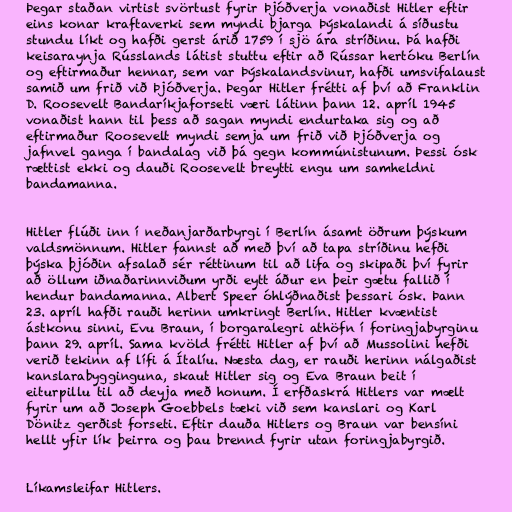
Þegar staðan virtist svörtust fyrir Þjóðverja vonaðist Hitler eftir
eins konar kraftaverki sem myndi bjarga Þýskalandi á síðustu
stundu líkt og hafði gerst árið 1759 í sjö ára stríðinu. Þá hafði
keisaraynja Rússlands látist stuttu eftir að Rússar hertóku Berlín
og eftirmaður hennar, sem var Þýskalandsvinur, hafði umsvifalaust
samið um frið við Þjóðverja. Þegar Hitler frétti af því að Franklin
D. Roosevelt Bandaríkjaforseti væri látinn þann 12. apríl 1945
vonaðist hann til þess að sagan myndi endurtaka sig og að
eftirmaður Roosevelt myndi semja um frið við Þjóðverja og
jafnvel ganga í bandalag við þá gegn kommúnistunum. Þessi ósk
rættist ekki og dauði Roosevelt breytti engu um samheldni
bandamanna.

Hitler flúði inn í neðanjarðarbyrgi í Berlín ásamt öðrum þýskum
valdsmönnum. Hitler fannst að með því að tapa stríðinu hefði
þýska þjóðin afsalað sér réttinum til að lifa og skipaði því fyrir
að öllum iðnaðarinnviðum yrði eytt áður en þeir gætu fallið í
hendur bandamanna. Albert Speer óhlýðnaðist þessari ósk. Þann
23. apríl hafði rauði herinn umkringt Berlín. Hitler kvæntist
ástkonu sinni, Evu Braun, í borgaralegri athöfn í foringjabyrginu
þann 29. apríl. Sama kvöld frétti Hitler af því að Mussolini hefði
verið tekinn af lífi á Ítalíu. Næsta dag, er rauði herinn nálgaðist
kanslarabygginguna, skaut Hitler sig og Eva Braun beit í
eiturpillu til að deyja með honum. Í erfðaskrá Hitlers var mælt
fyrir um að Joseph Goebbels tæki við sem kanslari og Karl
Dönitz gerðist forseti. Eftir dauða Hitlers og Braun var bensíni
hellt yfir lík þeirra og þau brennd fyrir utan foringjabyrgið.

Líkamsleifar Hitlers.